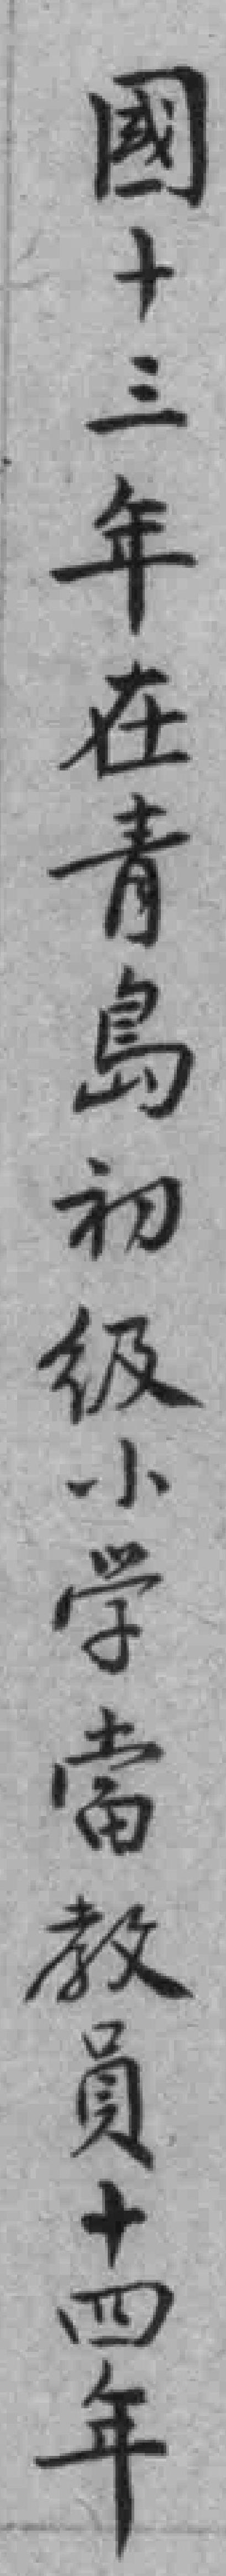
國十三年在青島初级小学當教員十四年